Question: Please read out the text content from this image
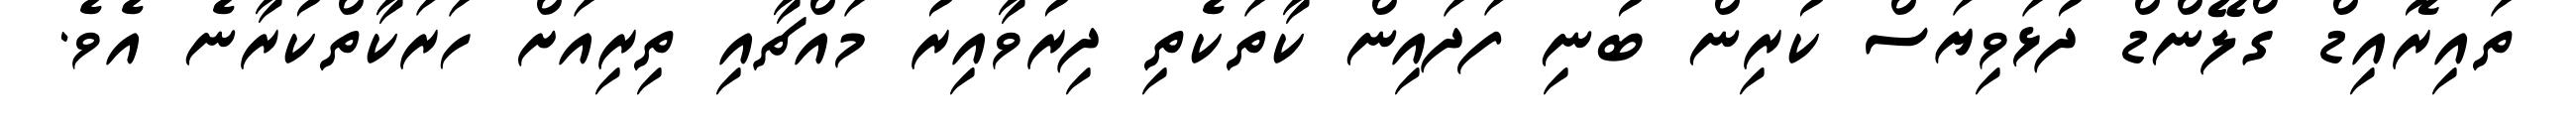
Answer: ތައިރޮއިޑް ގްލޭންޑް ދުޅަވިޔަސް ކުރިން ބުނި ފަދައިން ކާތަކެތި ދިރުވާއިރު މައްޗާއި ތިރިއަށް ހަރަކާތްކުރާނެ އެވެ.